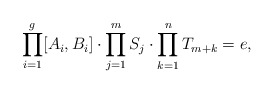
\begin{align*}\prod_{i=1}^{g}[A_{i},B_{i}]\cdot\prod_{j=1}^{m}S_{j}\cdot\prod_{k=1}^{n}T_{m+k}=e, \end{align*}